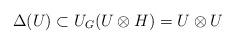
LaTeX: \begin{align*}\Delta(U)\subset U_G(U\otimes H)=U\otimes U\end{align*}